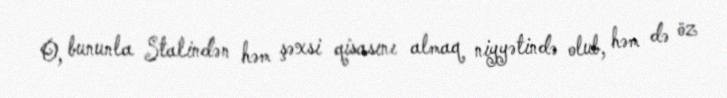
O, bununla Stalindən həm şəxsi qisasını almaq niyyətində olub, həm də öz